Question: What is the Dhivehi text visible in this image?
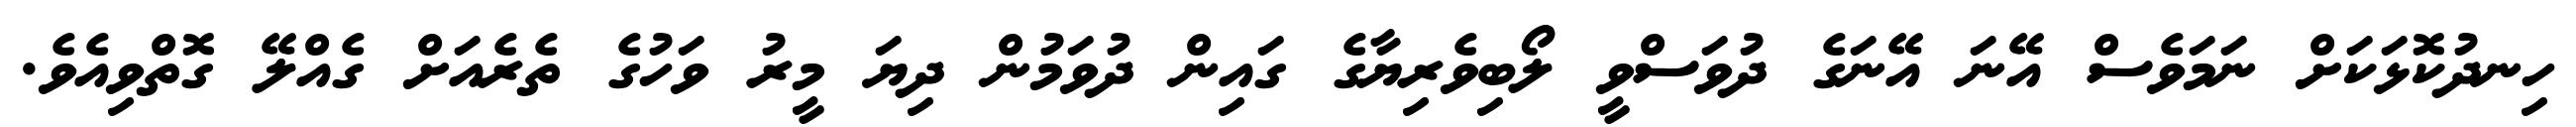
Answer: ހިނދުކޮޅަކަށް ނަމަވެސް އޭނަ އޭނަގެ ދުވަސްވީ ލޯބިވެރިޔާގެ ގައިން ދުވަމުން ދިޔަ މީރު ވަހުގެ ތެރެއަށް ގެއްލޭ ގޮތްވިއެވެ.